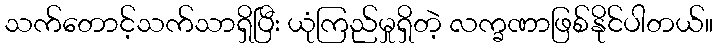
သက်တောင့်သက်သာရှိပြီး ယုံကြည်မှုရှိတဲ့ လက္ခဏာဖြစ်နိုင်ပါတယ်။